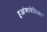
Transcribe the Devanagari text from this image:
हुआंकावेलिका